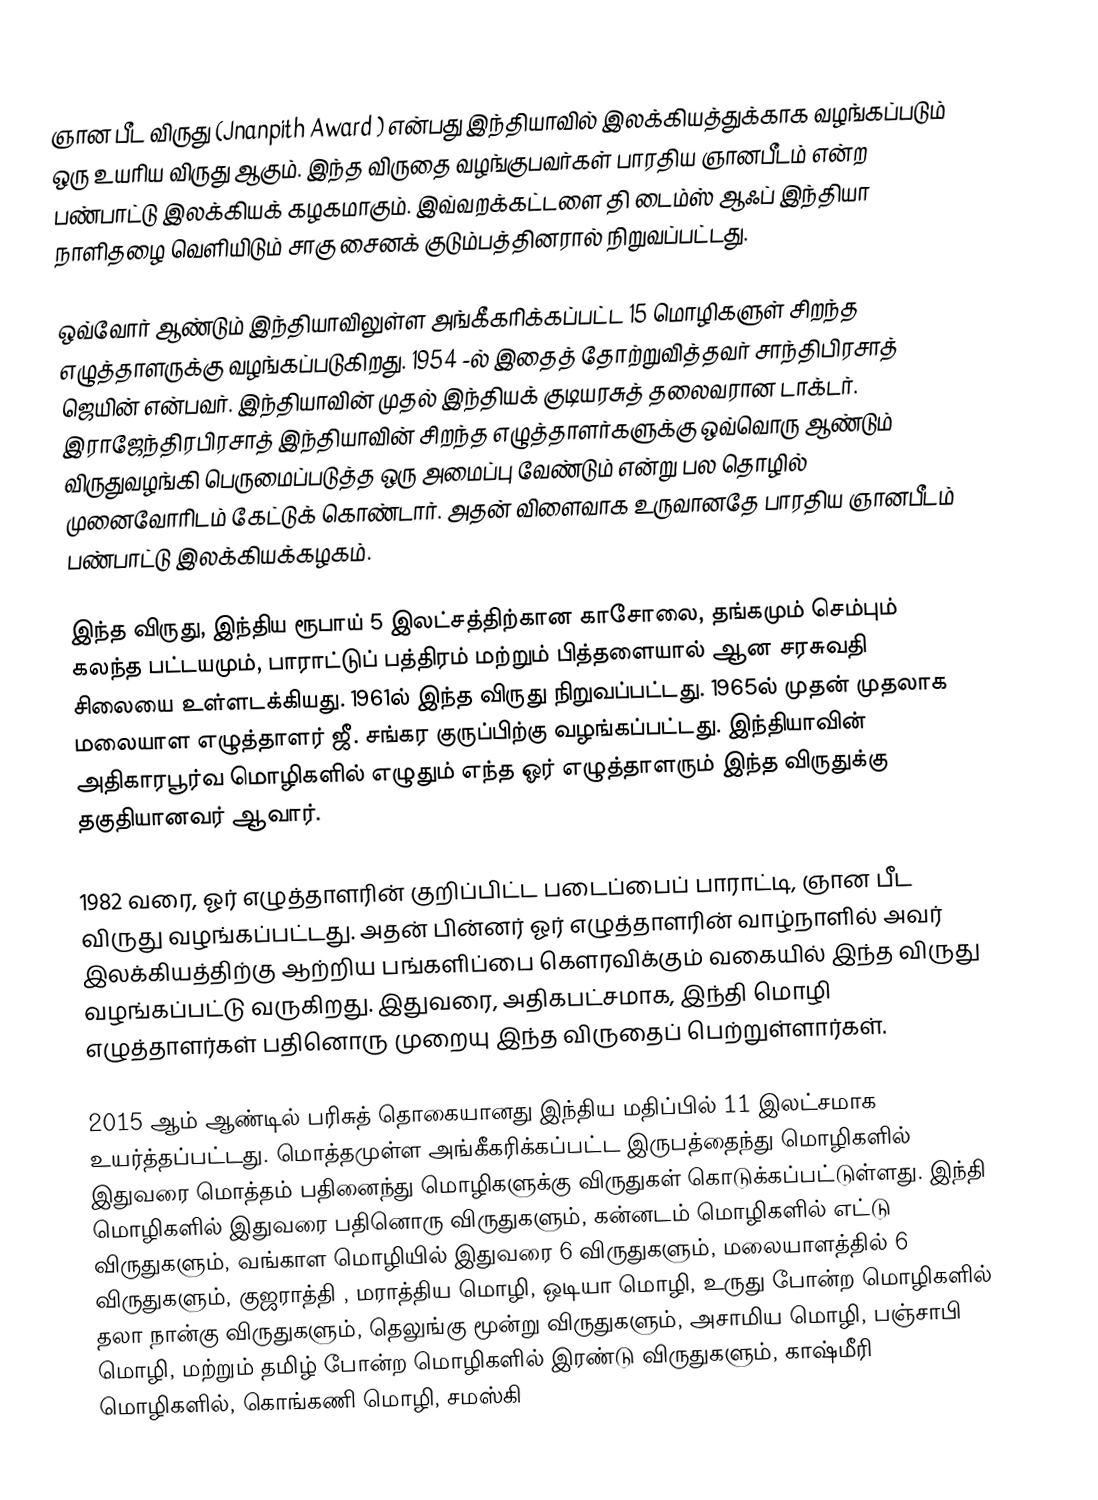
ஞான பீட விருது (Jnanpith Award ) என்பது இந்தியாவில் இலக்கியத்துக்காக வழங்கப்படும் ஒரு உயரிய விருது ஆகும். இந்த விருதை வழங்குபவர்கள் பாரதிய ஞானபீடம்  என்ற பண்பாட்டு இலக்கியக் கழகமாகும். இவ்வறக்கட்டளை தி டைம்ஸ் ஆஃப் இந்தியா நாளிதழை வெளியிடும் சாகு சைனக் குடும்பத்தினரால் நிறுவப்பட்டது.

ஒவ்வோர் ஆண்டும் இந்தியாவிலுள்ள அங்கீகரிக்கப்பட்ட 15 மொழிகளுள் சிறந்த எழுத்தாளருக்கு வழங்கப்படுகிறது. 1954 -ல் இதைத் தோற்றுவித்தவர் சாந்திபிரசாத் ஜெயின் என்பவர். இந்தியாவின் முதல் இந்தியக் குடியரசுத் தலைவரான டாக்டர். இராஜேந்திரபிரசாத் இந்தியாவின் சிறந்த எழுத்தாளர்களுக்கு ஒவ்வொரு ஆண்டும் விருதுவழங்கி பெருமைப்படுத்த ஒரு அமைப்பு வேண்டும் என்று பல தொழில் முனைவோரிடம் கேட்டுக் கொண்டார். அதன் விளைவாக உருவானதே பாரதிய ஞானபீடம் பண்பாட்டு இலக்கியக்கழகம்.

இந்த விருது, இந்திய ரூபாய் 5 இலட்சத்திற்கான காசோலை, தங்கமும் செம்பும் கலந்த பட்டயமும், பாராட்டுப் பத்திரம் மற்றும் பித்தளையால் ஆன சரசுவதி  சிலையை உள்ளடக்கியது. 1961ல் இந்த விருது நிறுவப்பட்டது. 1965ல் முதன் முதலாக மலையாள எழுத்தாளர் ஜீ. சங்கர குருப்பிற்கு வழங்கப்பட்டது. இந்தியாவின் அதிகாரபூர்வ மொழிகளில் எழுதும் எந்த ஓர் எழுத்தாளரும் இந்த விருதுக்கு தகுதியானவர் ஆவார்.

1982 வரை, ஓர் எழுத்தாளரின் குறிப்பிட்ட படைப்பைப் பாராட்டி, ஞான பீட விருது வழங்கப்பட்டது. அதன் பின்னர் ஓர் எழுத்தாளரின் வாழ்நாளில் அவர் இலக்கியத்திற்கு ஆற்றிய பங்களிப்பை கௌரவிக்கும் வகையில் இந்த விருது வழங்கப்பட்டு வருகிறது. இதுவரை, அதிகபட்சமாக,  இந்தி மொழி எழுத்தாளர்கள் பதினொரு முறையு இந்த விருதைப் பெற்றுள்ளார்கள்.

2015 ஆம் ஆண்டில் பரிசுத் தொகையானது இந்திய மதிப்பில் 11 இலட்சமாக உயர்த்தப்பட்டது. மொத்தமுள்ள அங்கீகரிக்கப்பட்ட இருபத்தைந்து மொழிகளில் இதுவரை மொத்தம் பதினைந்து மொழிகளுக்கு விருதுகள் கொடுக்கப்பட்டுள்ளது. இந்தி மொழிகளில் இதுவரை பதினொரு விருதுகளும், கன்னடம் மொழிகளில் எட்டு விருதுகளும், வங்காள மொழியில் இதுவரை 6 விருதுகளும், மலையாளத்தில் 6 விருதுகளும், குஜராத்தி , மராத்திய மொழி, ஒடியா மொழி, உருது போன்ற மொழிகளில் தலா நான்கு விருதுகளும், தெலுங்கு மூன்று விருதுகளும், அசாமிய மொழி, பஞ்சாபி மொழி, மற்றும் தமிழ் போன்ற மொழிகளில் இரண்டு விருதுகளும், காஷ்மீரி மொழிகளில், கொங்கணி மொழி, சமஸ்கி